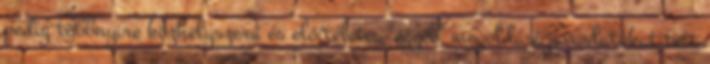
pedig többnyire közhelyszerű és előítéletes "egyéb" megoldási javaslatokat tett